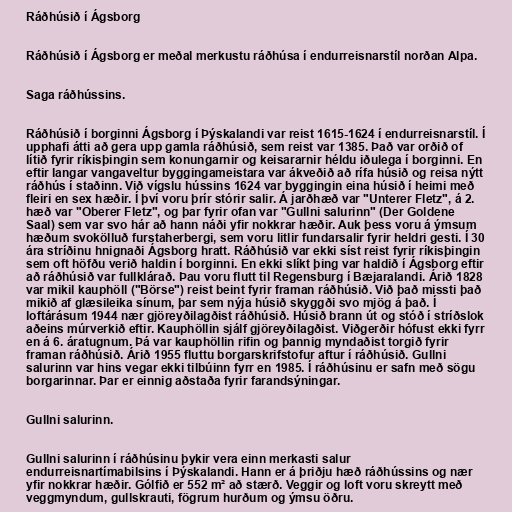
Ráðhúsið í Ágsborg

Ráðhúsið í Ágsborg er meðal merkustu ráðhúsa í endurreisnarstíl norðan Alpa.

Saga ráðhússins.

Ráðhúsið í borginni Ágsborg í Þýskalandi var reist 1615-1624 í endurreisnarstíl. Í
upphafi átti að gera upp gamla ráðhúsið, sem reist var 1385. Það var orðið of
lítið fyrir ríkisþingin sem konungarnir og keisararnir héldu iðulega í borginni. En
eftir langar vangaveltur byggingameistara var ákveðið að rífa húsið og reisa nýtt
ráðhús í staðinn. Við vígslu hússins 1624 var byggingin eina húsið í heimi með
fleiri en sex hæðir. Í því voru þrír stórir salir. Á jarðhæð var "Unterer Fletz", á 2.
hæð var "Oberer Fletz", og þar fyrir ofan var "Gullni salurinn" (Der Goldene
Saal) sem var svo hár að hann náði yfir nokkrar hæðir. Auk þess voru á ýmsum
hæðum svokölluð furstaherbergi, sem voru litlir fundarsalir fyrir heldri gesti. Í 30
ára stríðinu hnignaði Ágsborg hratt. Ráðhúsið var ekki síst reist fyrir ríkisþingin
sem oft höfðu verið haldin í borginni. En ekki slíkt þing var haldið í Ágsborg eftir
að ráðhúsið var fullklárað. Þau voru flutt til Regensburg í Bæjaralandi. Árið 1828
var mikil kauphöll ("Börse") reist beint fyrir framan ráðhúsið. Við það missti það
mikið af glæsileika sínum, þar sem nýja húsið skyggði svo mjög á það. Í
loftárásum 1944 nær gjöreyðilagðist ráðhúsið. Húsið brann út og stóð í stríðslok
aðeins múrverkið eftir. Kauphöllin sjálf gjöreyðilagðist. Viðgerðir hófust ekki fyrr
en á 6. áratugnum. Þá var kauphöllin rifin og þannig myndaðist torgið fyrir
framan ráðhúsið. Árið 1955 fluttu borgarskrifstofur aftur í ráðhúsið. Gullni
salurinn var hins vegar ekki tilbúinn fyrr en 1985. Í ráðhúsinu er safn með sögu
borgarinnar. Þar er einnig aðstaða fyrir farandsýningar.

Gullni salurinn.

Gullni salurinn í ráðhúsinu þykir vera einn merkasti salur
endurreisnartímabilsins í Þýskalandi. Hann er á þriðju hæð ráðhússins og nær
yfir nokkrar hæðir. Gólfið er 552 m² að stærð. Veggir og loft voru skreytt með
veggmyndum, gullskrauti, fögrum hurðum og ýmsu öðru.